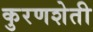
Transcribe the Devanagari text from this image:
कुरणशेती